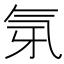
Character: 𭯲